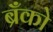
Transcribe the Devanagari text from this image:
ब्रँको